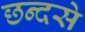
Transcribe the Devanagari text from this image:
छन्दसे